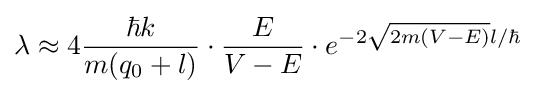
\lambda \approx 4{\frac {\hbar k}{m(q_{0}+l)}}\cdot {\frac {E}{V-E}}\cdot e^{-2{\sqrt {2m(V-E)}}l/\hbar }